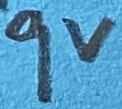
Text: 9V